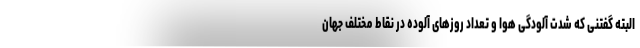
البته گفتنی که شدت آلودگی هوا و تعداد روزهای آلوده در نقاط مختلف جهان